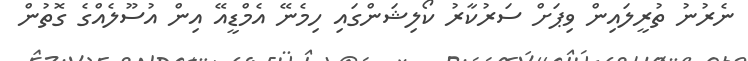
ނެރުނު ތުރީލައިން ވިޕަށް ސަރުކާރު ކޯލިޝަންގައި ހިމެނޭ އެމްޑީއޭ އިން އުސޫލެއްގެ ގޮތުން